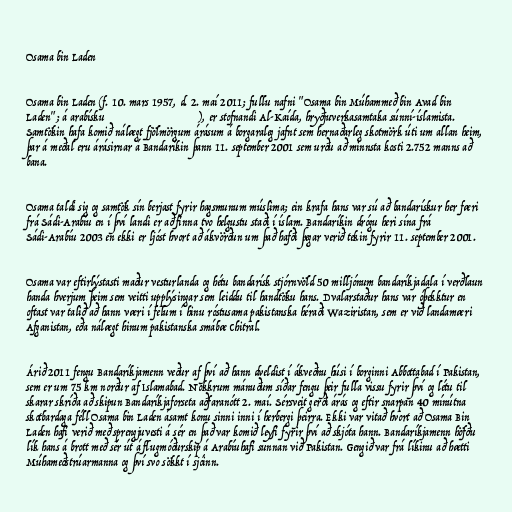
Osama bin Laden

Osama bin Laden (f. 10. mars 1957, d. 2. maí 2011; fullu nafni "Osama bin Múhammeð bin Avad bin
Laden"; á arabísku أسامة بن محمد بن عوض بن لادن), er stofnandi Al-Kaída, hryðjuverkasamtaka súnní-íslamista.
Samtökin hafa komið nálægt fjölmörgum árásum á borgaraleg jafnt sem hernaðarleg skotmörk úti um allan heim,
þar á meðal eru árásirnar á Bandaríkin þann 11. september 2001 sem urðu að minnsta kosti 2.752 manns að
bana.

Osama taldi sig og samtök sín berjast fyrir hagsmunum múslima; ein krafa hans var sú að bandarískur her færi
frá Sádi-Arabíu en í því landi er að finna tvo helgustu staði í íslam. Bandaríkin drógu heri sína frá
Sádi-Arabíu 2003 en ekki er ljóst hvort að ákvörðun um það hafði þegar verið tekin fyrir 11. september 2001.

Osama var eftirlýstasti maður vesturlanda og hétu bandarísk stjórnvöld 50 milljónum bandaríkjadala í verðlaun
handa hverjum þeim sem veitti upplýsingar sem leiddu til handtöku hans. Dvalarstaður hans var óþekktur en
oftast var talið að hann væri í felum í hinu róstusama pakistanska héraði Waziristan, sem er við landamæri
Afganistan, eða nálægt hinum pakistanska smábæ Chitral.

Árið 2011 fengu Bandaríkjamenn veður af því að hann dveldist í ákveðnu húsi í borginni Abbottabad í Pakistan,
sem er um 75 km norður af Islamabad. Nokkrum mánuðum síðar fengu þeir fulla vissu fyrir því og létu til
skarar skríða að skipun Bandaríkjaforseta aðfaranótt 2. maí. Sérsveit gerði árás og eftir snarpan 40 mínútna
skotbardaga féll Osama bin Laden ásamt konu sinni inni í herbergi þeirra. Ekki var vitað hvort að Osama Bin
Laden hafi verið með sprengjuvesti á sér en það var komið leyfi fyrir því að skjóta hann. Bandaríkjamenn höfðu
lík hans á brott með sér út á flugmóðurskip á Arabíuhafi sunnan við Pakistan. Gengið var frá líkinu að hætti
Múhameðstrúarmanna og því svo sökkt í sjóinn.